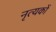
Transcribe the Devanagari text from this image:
नृत्यकों